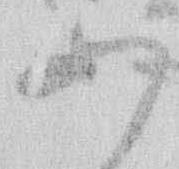
わ